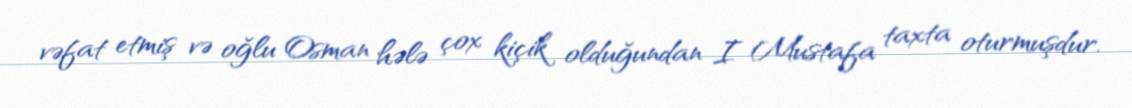
vəfat etmiş və oğlu Osman hələ çox kiçik olduğundan I Mustafa taxta oturmuşdur.